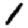
Digit: 1